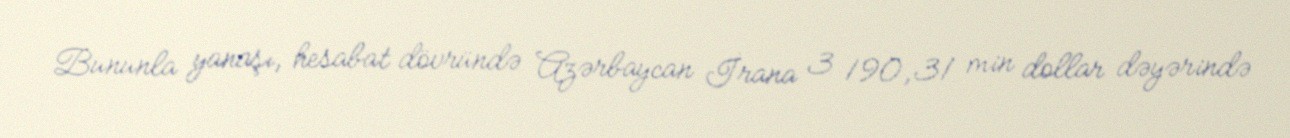
Bununla yanaşı, hesabat dövründə Azərbaycan İrana 3 190,31 min dollar dəyərində